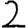
Digit: 2